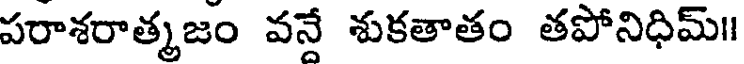
పరాశరాత్మజం వనే శుకతాతం తపోనిధిమ్॥